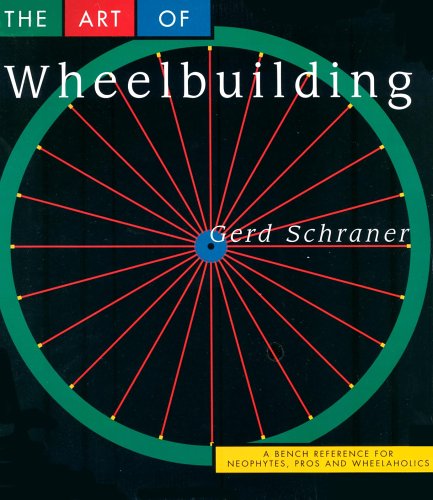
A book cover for The Art of Wheelbuilding: A Bench Reference for Neophytes, Pros & Wheelaholics; Gerd Schraner; Sports & Outdoors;